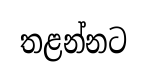
තළන්නට